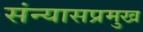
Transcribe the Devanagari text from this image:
संन्यासप्रमुख